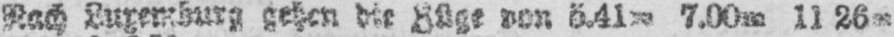
7.00m 11.26m